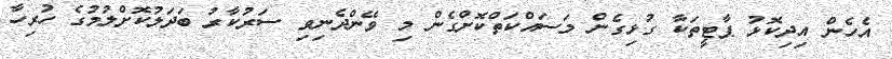
އެހެން އިދިކޮޅު ޕާޓީތަކާ ގުޅިގެން މަސައްކަތްކޮށްގެން މި ވޭންދެނިވި ސަރުކާރު ބަދަލުކޮށްލުމުގެ ހުރިހާ